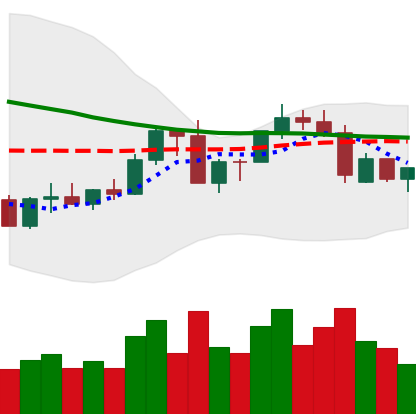
Ticker: ADA-USD
Chart end date: 2022-09-16
Forward return: -6.953%
Label: down_5_7